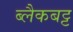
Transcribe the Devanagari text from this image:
ब्लैकबट्ट